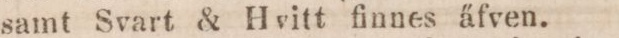
samt Svart & Hvitt finnes äfven.